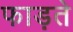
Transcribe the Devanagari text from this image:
फाड़ते